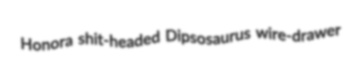
Honora shit-headed Dipsosaurus wire-drawer